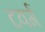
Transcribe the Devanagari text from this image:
टवर्ग